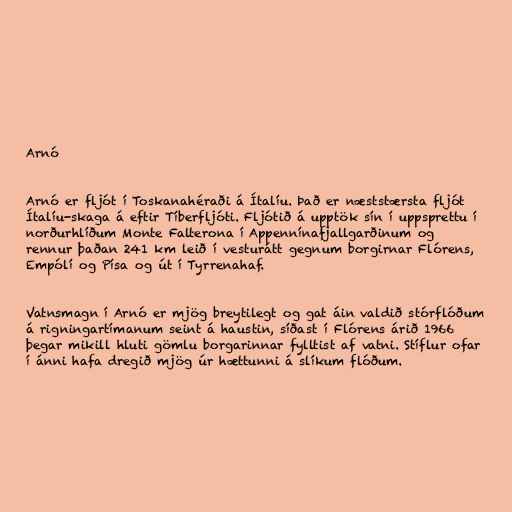
Arnó

Arnó er fljót í Toskanahéraði á Ítalíu. Það er næststærsta fljót
Ítalíu-skaga á eftir Tíberfljóti. Fljótið á upptök sín í uppsprettu í
norðurhlíðum Monte Falterona í Appennínafjallgarðinum og
rennur þaðan 241 km leið í vesturátt gegnum borgirnar Flórens,
Empólí og Písa og út í Tyrrenahaf.

Vatnsmagn í Arnó er mjög breytilegt og gat áin valdið stórflóðum
á rigningartímanum seint á haustin, síðast í Flórens árið 1966
þegar mikill hluti gömlu borgarinnar fylltist af vatni. Stíflur ofar
í ánni hafa dregið mjög úr hættunni á slíkum flóðum.